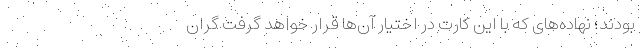
بودند؛ نهاده‌های که با این کارت در اختیار آن‌ها قرار خواهد گرفت گران